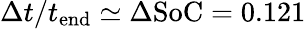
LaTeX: \Delta t/t_{\mathrm{end}}\simeq\Delta\mathrm{SoC=0.121}